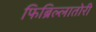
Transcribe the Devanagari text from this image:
फिब्रिल्लातोरी